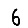
Digit: 6